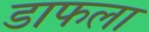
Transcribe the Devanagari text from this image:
डाफला